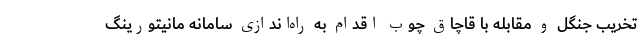
تخریب جنگل و مقابله با قاچاق چوب اقدام به راه‌اندازی سامانه مانیتورینگ